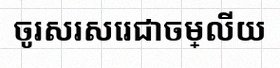
ចូរសរសេរជាចម្លើយ